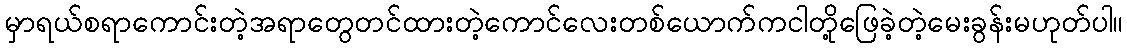
မှာရယ်စရာကောင်းတဲ့အရာတွေတင်ထားတဲ့ကောင်လေးတစ်ယောက်ကငါတို့ဖြေခဲ့တဲ့မေးခွန်းမဟုတ်ပါ။